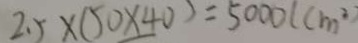
2 . 5 \times ( 5 0 \times 4 0 ) = 5 0 0 0 ( c m ^ { 2 } )